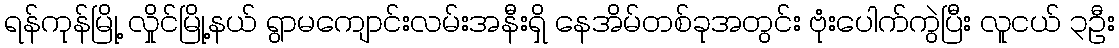
ရန်ကုန်မြို့ လှိုင်မြို့နယ် ရွာမကျောင်းလမ်းအနီးရှိ နေအိမ်တစ်ခုအတွင်း ဗုံးပေါက်ကွဲပြီး လူငယ် ၃ဦး